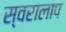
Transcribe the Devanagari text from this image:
स्वरालाप